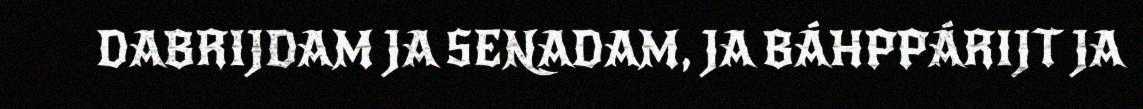
DABRIJDAM JA SENADAM, JA BÁHPPÁRIJT JA